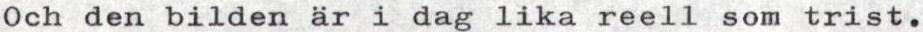
Och den bilden är i dag lika reell som trist.